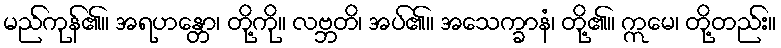
မည်ကုန်၏။ အရဟန္တော၊ တို့ကို။ လဗ္ဘတိ၊ အပ်၏။ အသေက္ခာနံ၊ တို့၏။ ဣမေ၊ တို့တည်း။